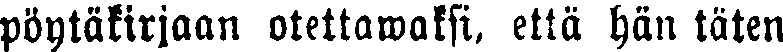
pöytäkirjaan otettawaksi, että hän täten